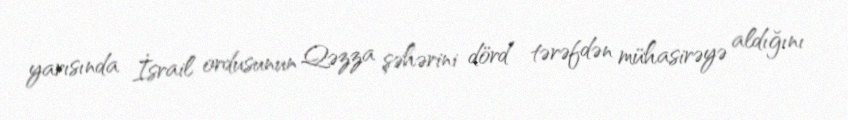
yarısında İsrail ordusunun Qəzza şəhərini dörd tərəfdən mühasirəyə aldığını